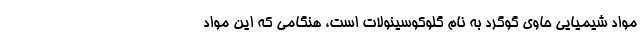
مواد شیمیایی حاوی گوگرد به نام گلوکوسینولات است، هنگامی که این مواد